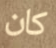
كان